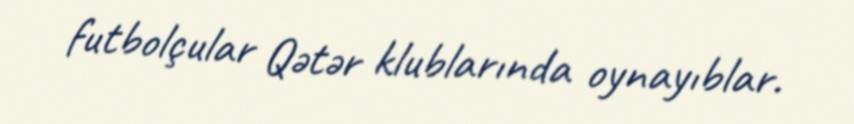
futbolçular Qətər klublarında oynayıblar.